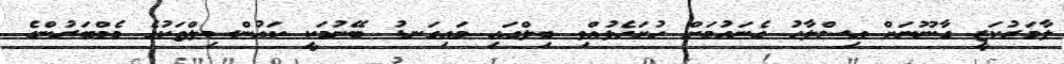
ލާމަރުކަޒީ ގާނޫނަށް އިސްލާހު ގެނައުމަށް ހުށަހެޅުއްވި ބިލްގައި މައިގަނޑު ބޭނުމަކީ ކައުންސިލްތަކުގެ މެމްބަރުންގެ